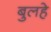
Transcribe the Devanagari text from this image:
बुलहे